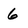
Character: 6